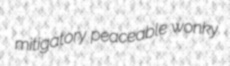
mitigatory peaceable wonky